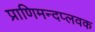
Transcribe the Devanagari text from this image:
प्राणिमन्दप्लवक